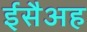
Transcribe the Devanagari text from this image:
ईसैअह